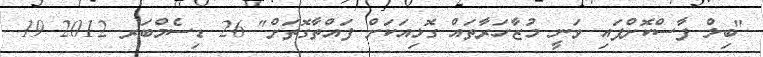
"ބިލް ފާސްކޮށްފައި ވަނީ މުޒާހަރާތައް ގޮޅިއަކަށް ފައްތާގޮތަށް" 26 ޑިސެމްބަރ 2012 19